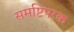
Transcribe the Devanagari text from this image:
समष्टिपरक